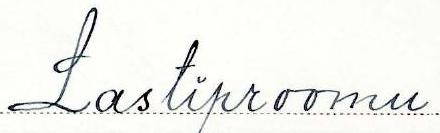
Lastiproomu